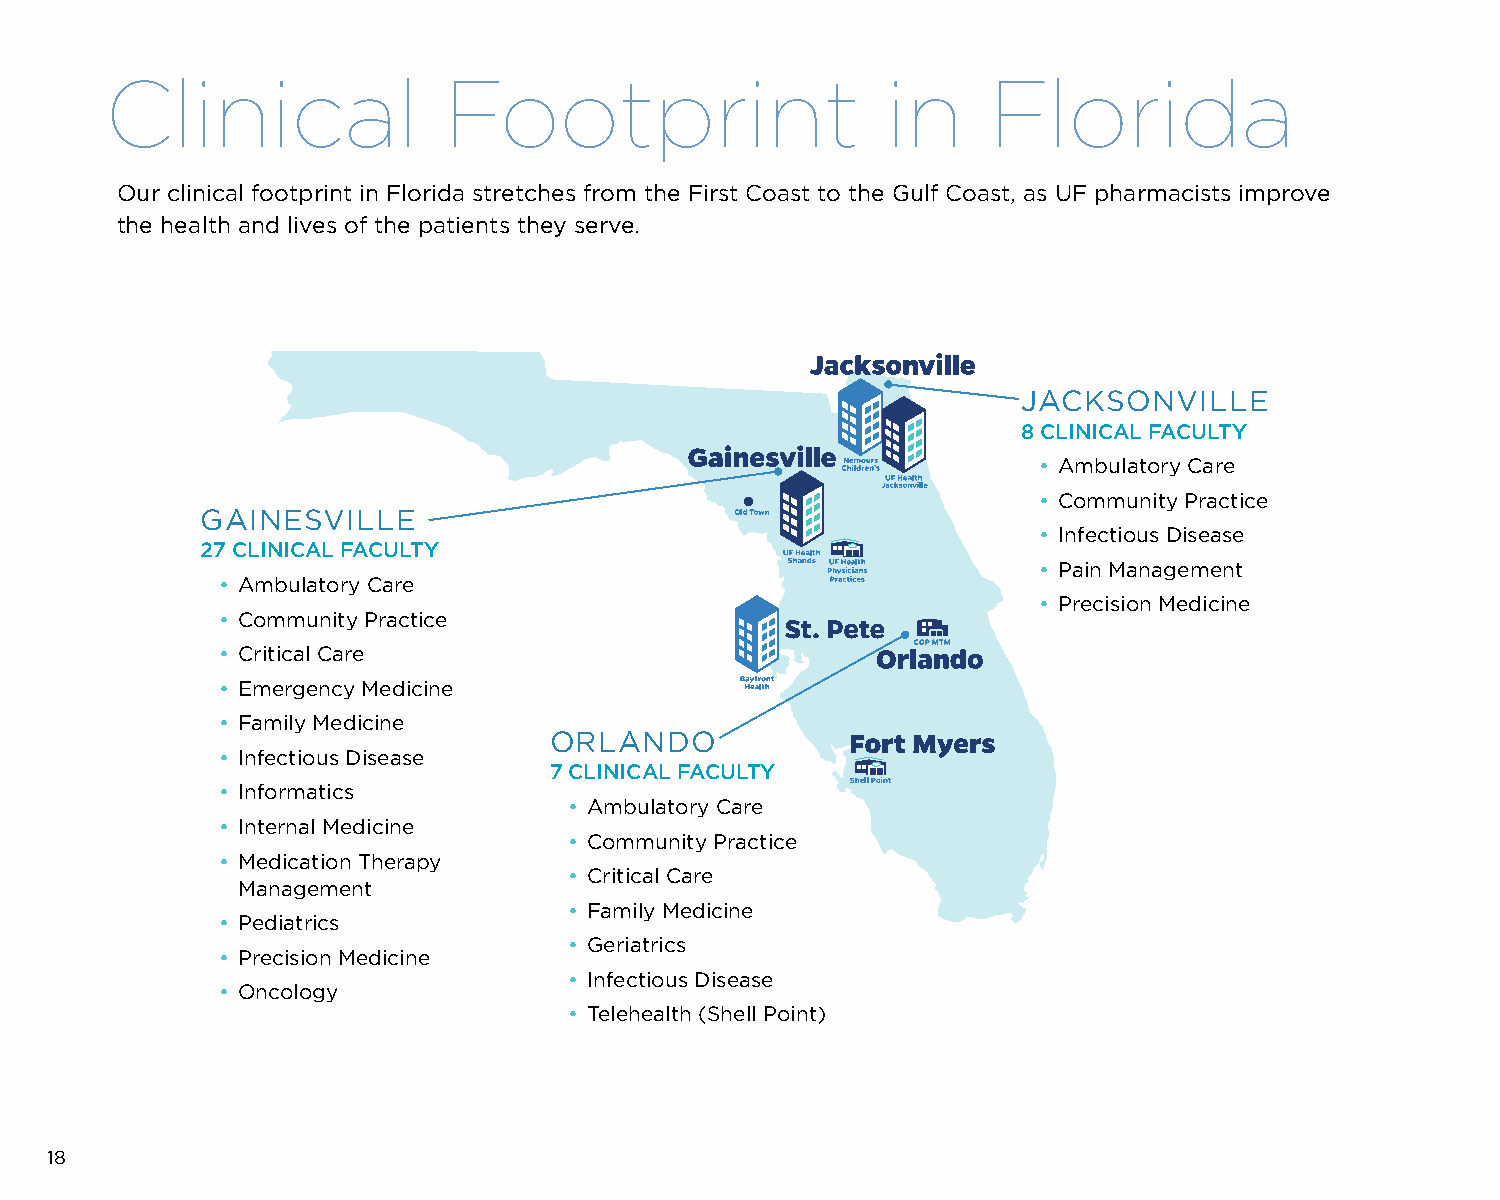
Clinical              Footprint                     in     Florida
 Our clinical footprint in Florida stretches from the First Coast to the Gulf Coast, as UF pharmacists improve
 the health and lives of the patients they serve.
 JACKSONVILLE
 8 CLINICAL FACULTY
 • Ambulatory Care
 • Community Practice
 GAINESVILLE
 • Infectious Disease
 27 CLINICAL FACULTY
 • Pain Management
 • Ambulatory Care
 • Precision Medicine
 • Community Practice
 • Critical Care
 • Emergency Medicine
 • Family Medicine
 ORLANDO
 • Infectious Disease
 7 CLINICAL FACULTY
 • Informatics
 • Ambulatory Care
 • Internal Medicine
 • Community Practice
 • Medication Therapy
 • Critical Care
 Management
 • Family Medicine
 • Pediatrics
 • Geriatrics
 • Precision Medicine
 • Infectious Disease
 • Oncology
 • Telehealth (Shell Point)
 18